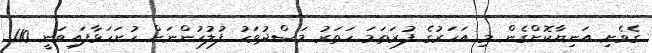
ގެވެށި އަނިޔާކޮށްގެން މި އަހަރުގެ ފުރަތަމަ ހަތަރު މަސްދުވަހު ފުލުހުންނަށް ހުށަހަޅާފައިވަނީ 110